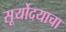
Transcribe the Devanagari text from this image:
सूर्योदयाचा